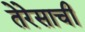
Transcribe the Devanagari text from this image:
तेरेसाची